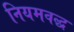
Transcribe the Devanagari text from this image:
नियमवद्ध